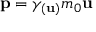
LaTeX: \mathbf { p } = \gamma _ { ( \mathbf { u } ) } m _ { 0 } \mathbf { u }